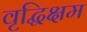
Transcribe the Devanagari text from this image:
वृद्धिक्षम